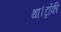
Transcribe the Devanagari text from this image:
था।ट्रॉफी